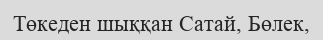
Төкеден шыққан Сатай, Бөлек,